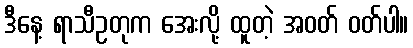
ဒီနေ့ ရာသီဥတုက အေးလို့ ထူတဲ့ အဝတ် ဝတ်ပါ။